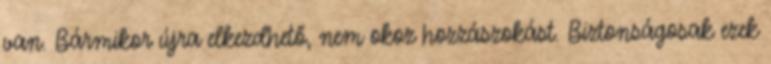
van. Bármikor újra elkezdhető, nem okoz hozzászokást. Biztonságosak ezek